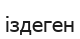
іздеген